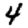
Digit: 4